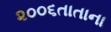
૨૦૦૬તાતાના